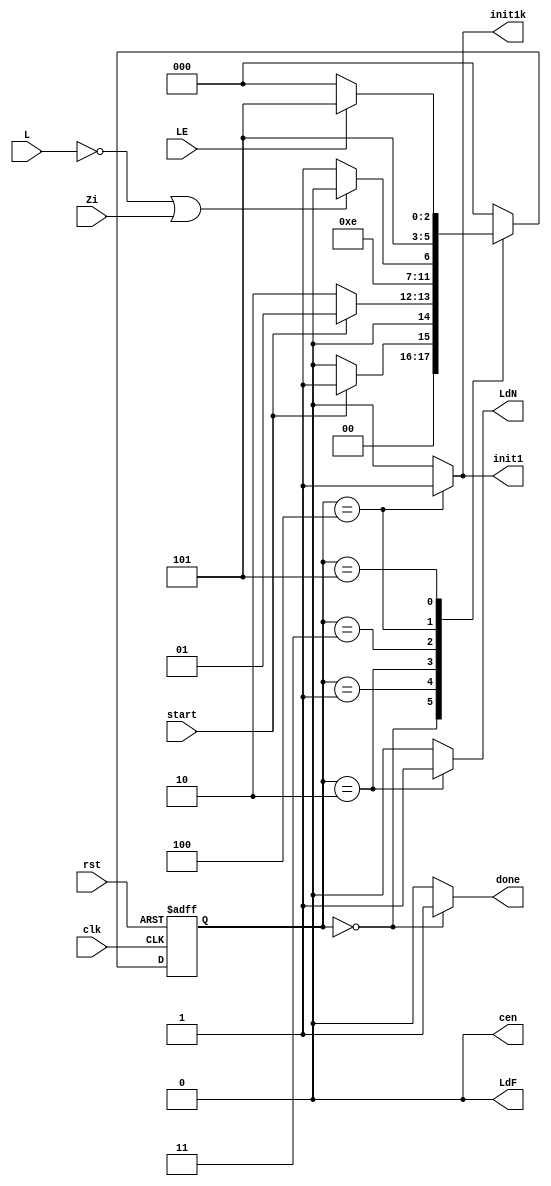
module controller(input start, LE, L, Zi, clk, rst ,output done,output reg init1, LdF, LdN, init1k, cen);
  parameter [2:0] IDLE = 3'b0, STARTING = 3'b001, LOADN = 3'b010, CHECK = 3'b011, INIT = 3'b100, CALC = 3'b101;
  reg [2:0] ps,ns;
  always @(start,L,Zi,LE) begin
    ns = 3'b0;
    case(ps)
      IDLE : ns = start ? STARTING : IDLE;
      STARTING : ns = start ? STARTING : LOADN;
      LOADN : ns = CHECK;
      CHECK : ns = (L == 0 | Zi == 1) ? INIT : CALC;
      INIT : ns = CALC;
      CALC : ns = LE ? CALC : IDLE;
      default : ns = IDLE;
    endcase
  end
	reg Done;
  always @(start,L,Zi,LE) begin
	 
	 Done=0;
	 init1=0; LdF=0; LdN=0; init1k=0; cen=0;
    case(ps)
      IDLE : Done=1;
      LOADN : LdN=1;
      INIT : begin init1=1; init1k=1; end
      default : begin Done=0; init1=0; LdF=0; LdN=0; init1k=0; cen=0; end
    endcase
  end
  assign done = Done;

  always @(posedge clk,posedge rst) begin
    if(rst) ps <= 3'b0;
    else ps <= ns;
  end
endmodule